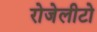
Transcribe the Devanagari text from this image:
रोजेलीटो